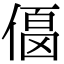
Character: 𠍚